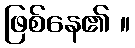
ဖြစ်နေ၏ ။